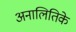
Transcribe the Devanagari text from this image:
अनालितिके